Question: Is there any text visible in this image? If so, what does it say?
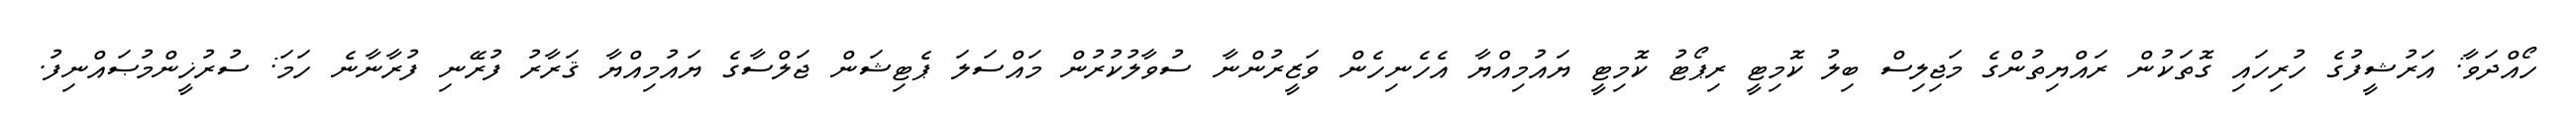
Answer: ހޯއްދަވާ: އަރުޝީފުގެ ހުރިހައި ގޮތަކުން ރައްޔިތުންގެ މަޖިލިސް ބިލު ކޮމިޓީ ރިޕޯޓު ކޮމިޓީ ޔައުމިއްޔާ އެހެނިހެން ވަޒީރުންނާ ސުވާލުކުރުން މައްސަލަ ޕެޓިޝަން ޖަލްސާގެ ޔައުމިއްޔާ ޤަރާރު ފުރޭނި ފުރާނާނެ ހަމަ: ސުރުޚީންމުޞައްނިފު.